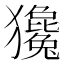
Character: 㺥